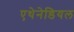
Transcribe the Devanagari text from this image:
एथेनेडियल